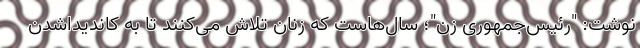
نوشت: "رئیس‌جمهوری زن"؛ سال‌هاست که زنان تلاش می‌کنند تا به کاندیداشدن